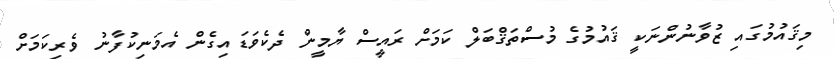
މިޤައުމުގައި ޒުވާނުންނަކީ ޤައުމުގެ މުސްތަޤްބަލް ކަމަށް ރައީސް ޔާމީން ދެކެވަޑައިގެން އެމަނިކުފާނު ވެރިކަމަށް